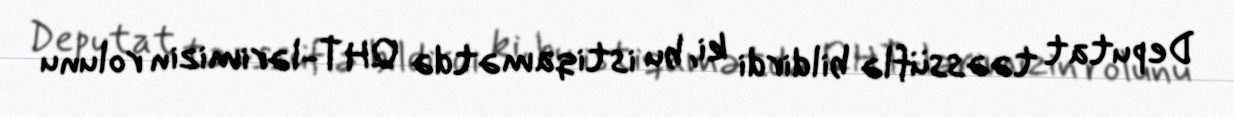
Deputat təəssüflə bildirdi ki, bu istiqamətdə QHT-lərimizin rolunu